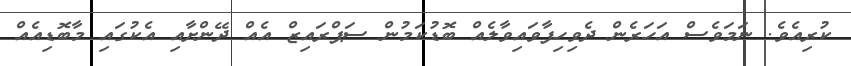
ކުރިއެވެ. ނަމަވެސް އަހަރެން ދެވިހިފާވައިވާލެއް ބޮޑުކަމުން ސަޕްރައިޒް އެއް ދޭންށާއި އެކުގައި މާބޮޑިއެއް